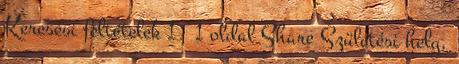
Keresési feltételek 1 1 oldal Share Születési hely,